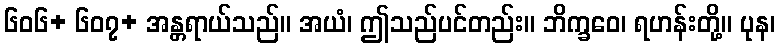
၆၀၆+ ၆၀၇+ အန္တရာယ်သည်။ အယံ၊ ဤသည်ပင်တည်း။ ဘိက္ခဝေ၊ ရဟန်းတို့။ ပုန၊